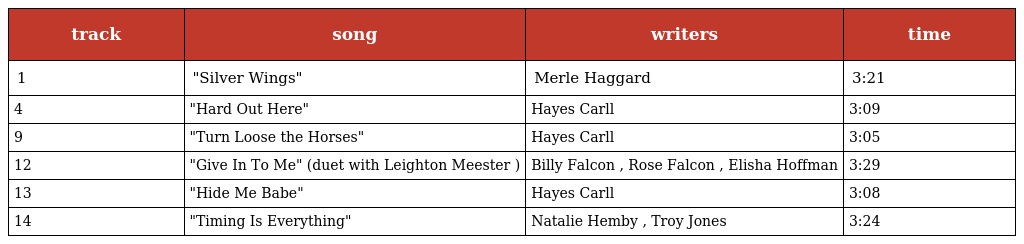
| track | song | writers | time |
 | --- | --- | --- | --- |
 | 1 | "Silver Wings" | Merle Haggard | 3:21 |
 | 4 | "Hard Out Here" | Hayes Carll | 3:09 |
 | 9 | "Turn Loose the Horses" | Hayes Carll | 3:05 |
 | 12 | "Give In To Me" (duet with Leighton Meester ) | Billy Falcon , Rose Falcon , Elisha Hoffman | 3:29 |
 | 13 | "Hide Me Babe" | Hayes Carll | 3:08 |
 | 14 | "Timing Is Everything" | Natalie Hemby , Troy Jones | 3:24 |